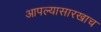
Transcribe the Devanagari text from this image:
आपल्यासारखाच